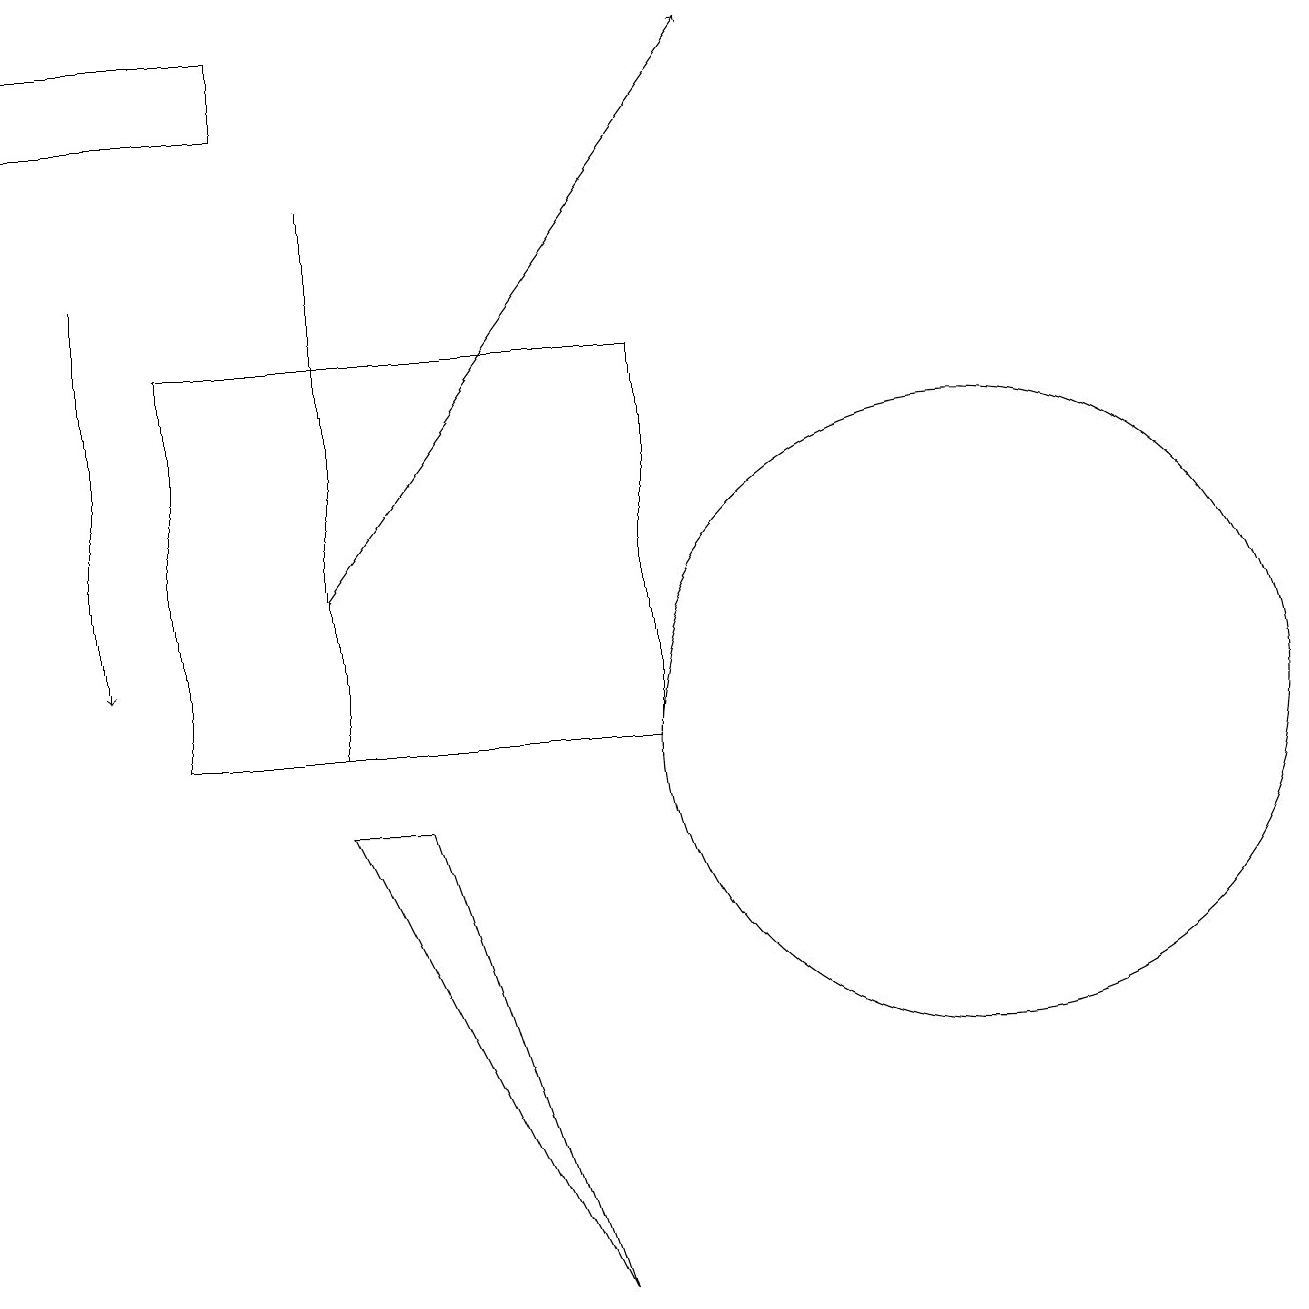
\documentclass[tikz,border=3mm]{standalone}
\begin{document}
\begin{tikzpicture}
\draw (12,10) circle (4);
\draw[->] (4,12) -- (9,19);
\draw (0,19) rectangle (3,18);
\draw (4,9) -- (7,3) -- (5,9) -- cycle;
\draw (2,15) rectangle (8,10);
\draw (4,17) rectangle (4,10);
\draw (4,10) rectangle (2,10);
\draw[->] (1,16) -- (1,11);
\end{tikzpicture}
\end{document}